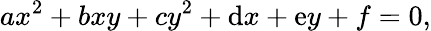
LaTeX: ax^{2}+bxy+cy^{2}+\mathrm{d}x+\mathrm{e}y+f=0,